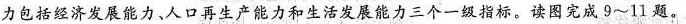
力包括经济发展能力、人口再生产能力和生活发展能力三个一级指标。读图完成9~11题。